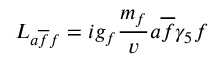
{ \cal L } _ { a \overline { { f } } f } = i g _ { f } { \frac { m _ { f } } { v } } a \overline { { f } } \gamma _ { 5 } f